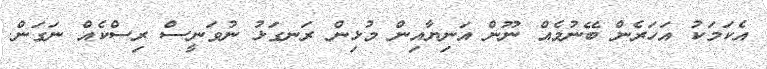
އެކަމަކު އަހަރެން ބޭނުމެއް ނޫން އަނިޔާއިން މުޅިން ރަނގަޅު ނުވަނީސް ރިސްކެއް ނަގަން.